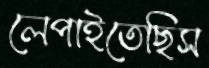
লেপাইতেছিস